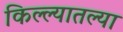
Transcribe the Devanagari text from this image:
किल्ल्यातल्या